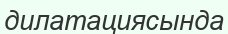
дилатациясында